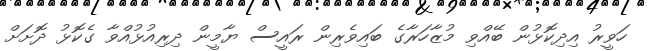
ހަވީރު އިދިކޮޅުން ބޭއްވި މުޒާހަރާގެ ބައިވެރިން ރައީސް ޔާމީން ދިރިއުޅުއްވާ ގެކޮޅު ދޮށަށް